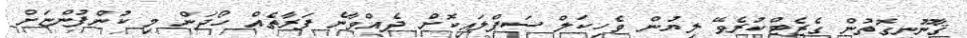
ޤާނޫނީގޮތުން ގެޒެޓްކުރެވޭ ލިޔުން ވެހިކަލް ސަޕްލައިކޮށް ދެއްވާނެ ފަރާތެއް ހޯދަން މި ކުންފުންޏަށް